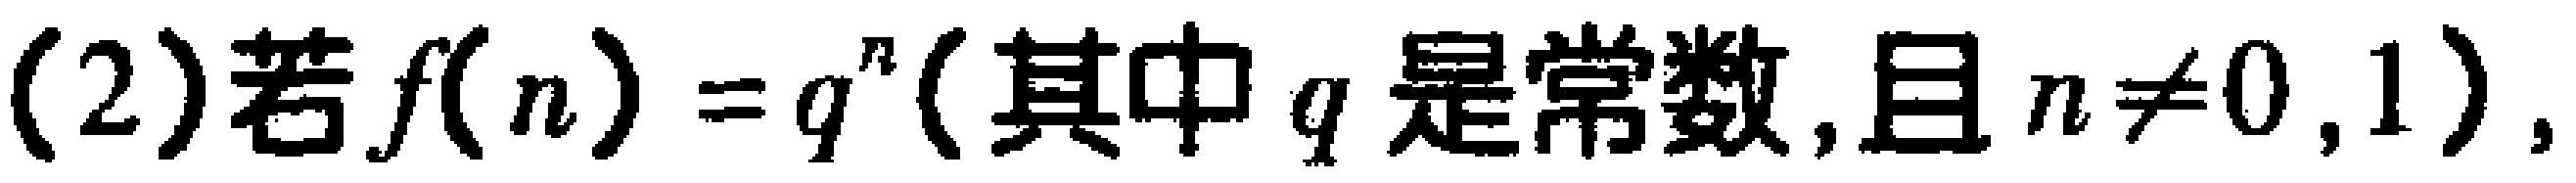
(2)若\(f(n)=q^{n}\)(其中\(q\)是常数,且\(n\neq0,1\)),